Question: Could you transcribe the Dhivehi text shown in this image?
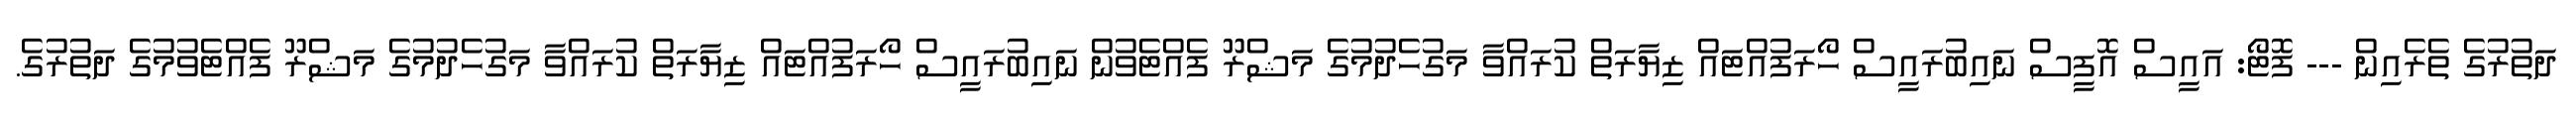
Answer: ދަތުރުގެ ތެރެއިން --- ފޮޓޯ: އައީސް އޮފީސް ނައިބުރައީސް ހޯރަފުއްޓައް ޒިޔާރަތް ކުރައްވާ މަގުހެދުމުގެ މަޝްރޫ ފެއްޓެވުން ނައިބުރައީސް ހޯރަފުއްޓައް ޒިޔާރަތް ކުރައްވާ މަގުހެދުމުގެ މަޝްރޫ ފެއްޓެވުމުގެ ދަތުރުގެ.